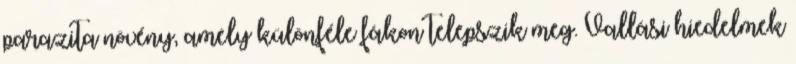
parazita növény, amely különféle fákon telepszik meg. Vallási hiedelmek